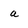
Character: a